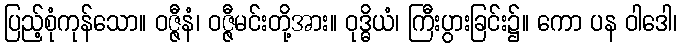
ပြည့်စုံကုန်သော။ ဝဇ္ဇီနံ၊ ဝဇ္ဇီမင်းတို့အား။ ဝုဒ္ဓိယံ၊ ကြီးပွားခြင်း၌။ ကော ပန ဝါဒေါ၊